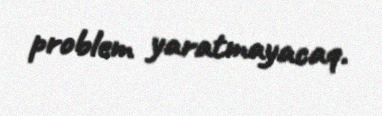
problem yaratmayacaq.